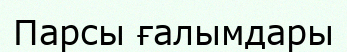
Парсы ғалымдары